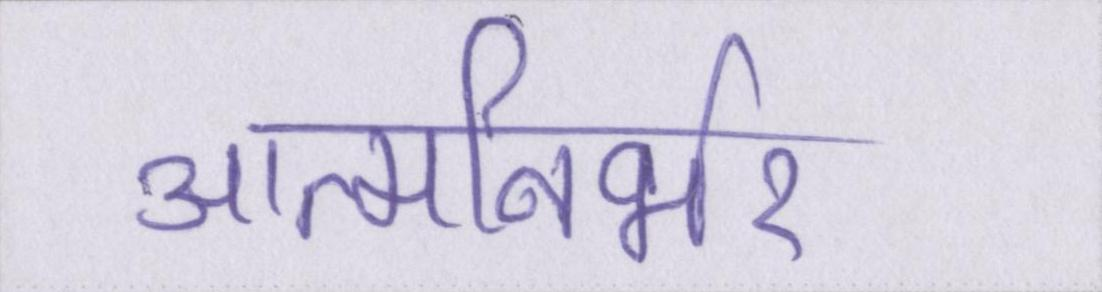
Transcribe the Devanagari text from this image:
आत्मनिर्भर